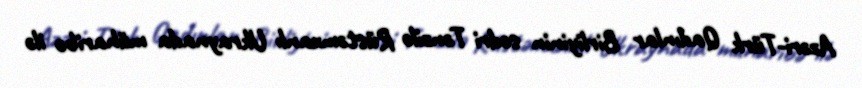
Azəri-Türk Qadınlar Birliyinin sədri Tənzilə Rüstəmxanlı Ukraynada müharibə ilə